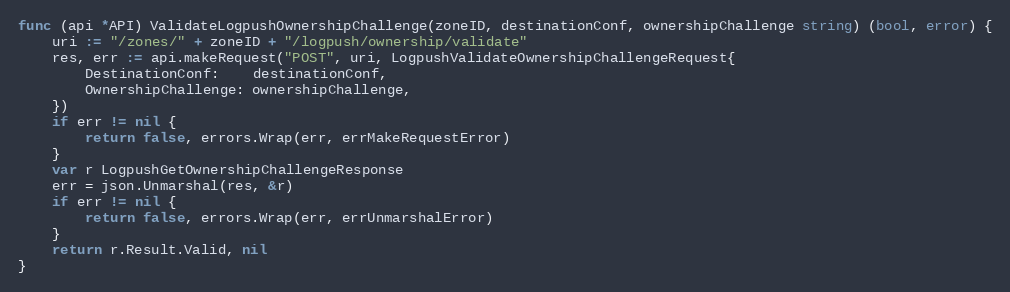
Language: Go
func (api *API) ValidateLogpushOwnershipChallenge(zoneID, destinationConf, ownershipChallenge string) (bool, error) {
	uri := "/zones/" + zoneID + "/logpush/ownership/validate"
	res, err := api.makeRequest("POST", uri, LogpushValidateOwnershipChallengeRequest{
		DestinationConf:    destinationConf,
		OwnershipChallenge: ownershipChallenge,
	})
	if err != nil {
		return false, errors.Wrap(err, errMakeRequestError)
	}
	var r LogpushGetOwnershipChallengeResponse
	err = json.Unmarshal(res, &r)
	if err != nil {
		return false, errors.Wrap(err, errUnmarshalError)
	}
	return r.Result.Valid, nil
}